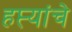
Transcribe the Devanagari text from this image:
हप्त्यांचे